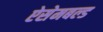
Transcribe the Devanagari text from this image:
ऐसेमबल्ड